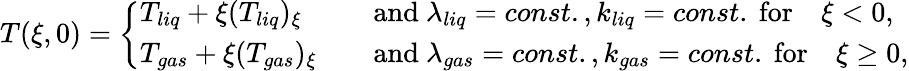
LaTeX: \begin{array}{r}{T(\xi,0)=\left\{ \begin{array}{ll}{T_{liq}+\xi(T_{liq})_{\xi}\quad}&{\mathrm{and~}\lambda_{liq}=const.,k_{liq}=const.\mathrm{~for}\quad\xi<0,}\\ {T_{gas}+\xi(T_{gas})_{\xi}\quad}&{\mathrm{and~}\lambda_{gas}=const.,k_{gas}=const.\mathrm{~for}\quad\xi\geq 0,}\end{array}\right.}\end{array}